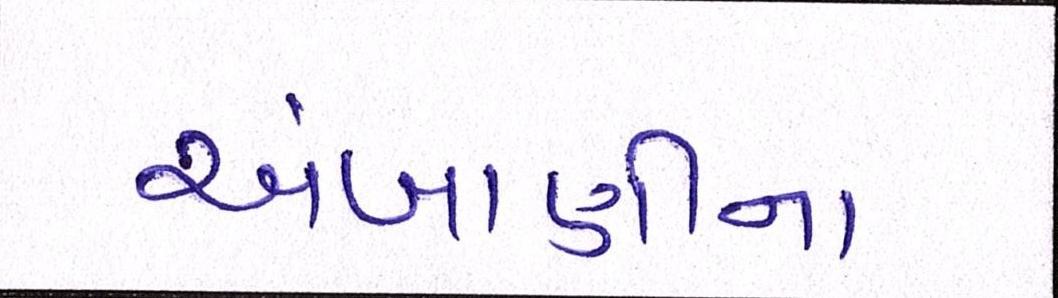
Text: અંબાણીના